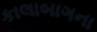
કાલાબાગના